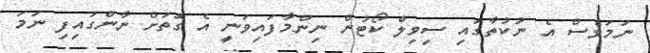
ނަމަވެސް އެ ނުކުތާގައި ސިވިލް ކޯޓުން ނިންމާފައިވަނީ އެ ގޮތަށް ނާންގައިފި ނަމަ